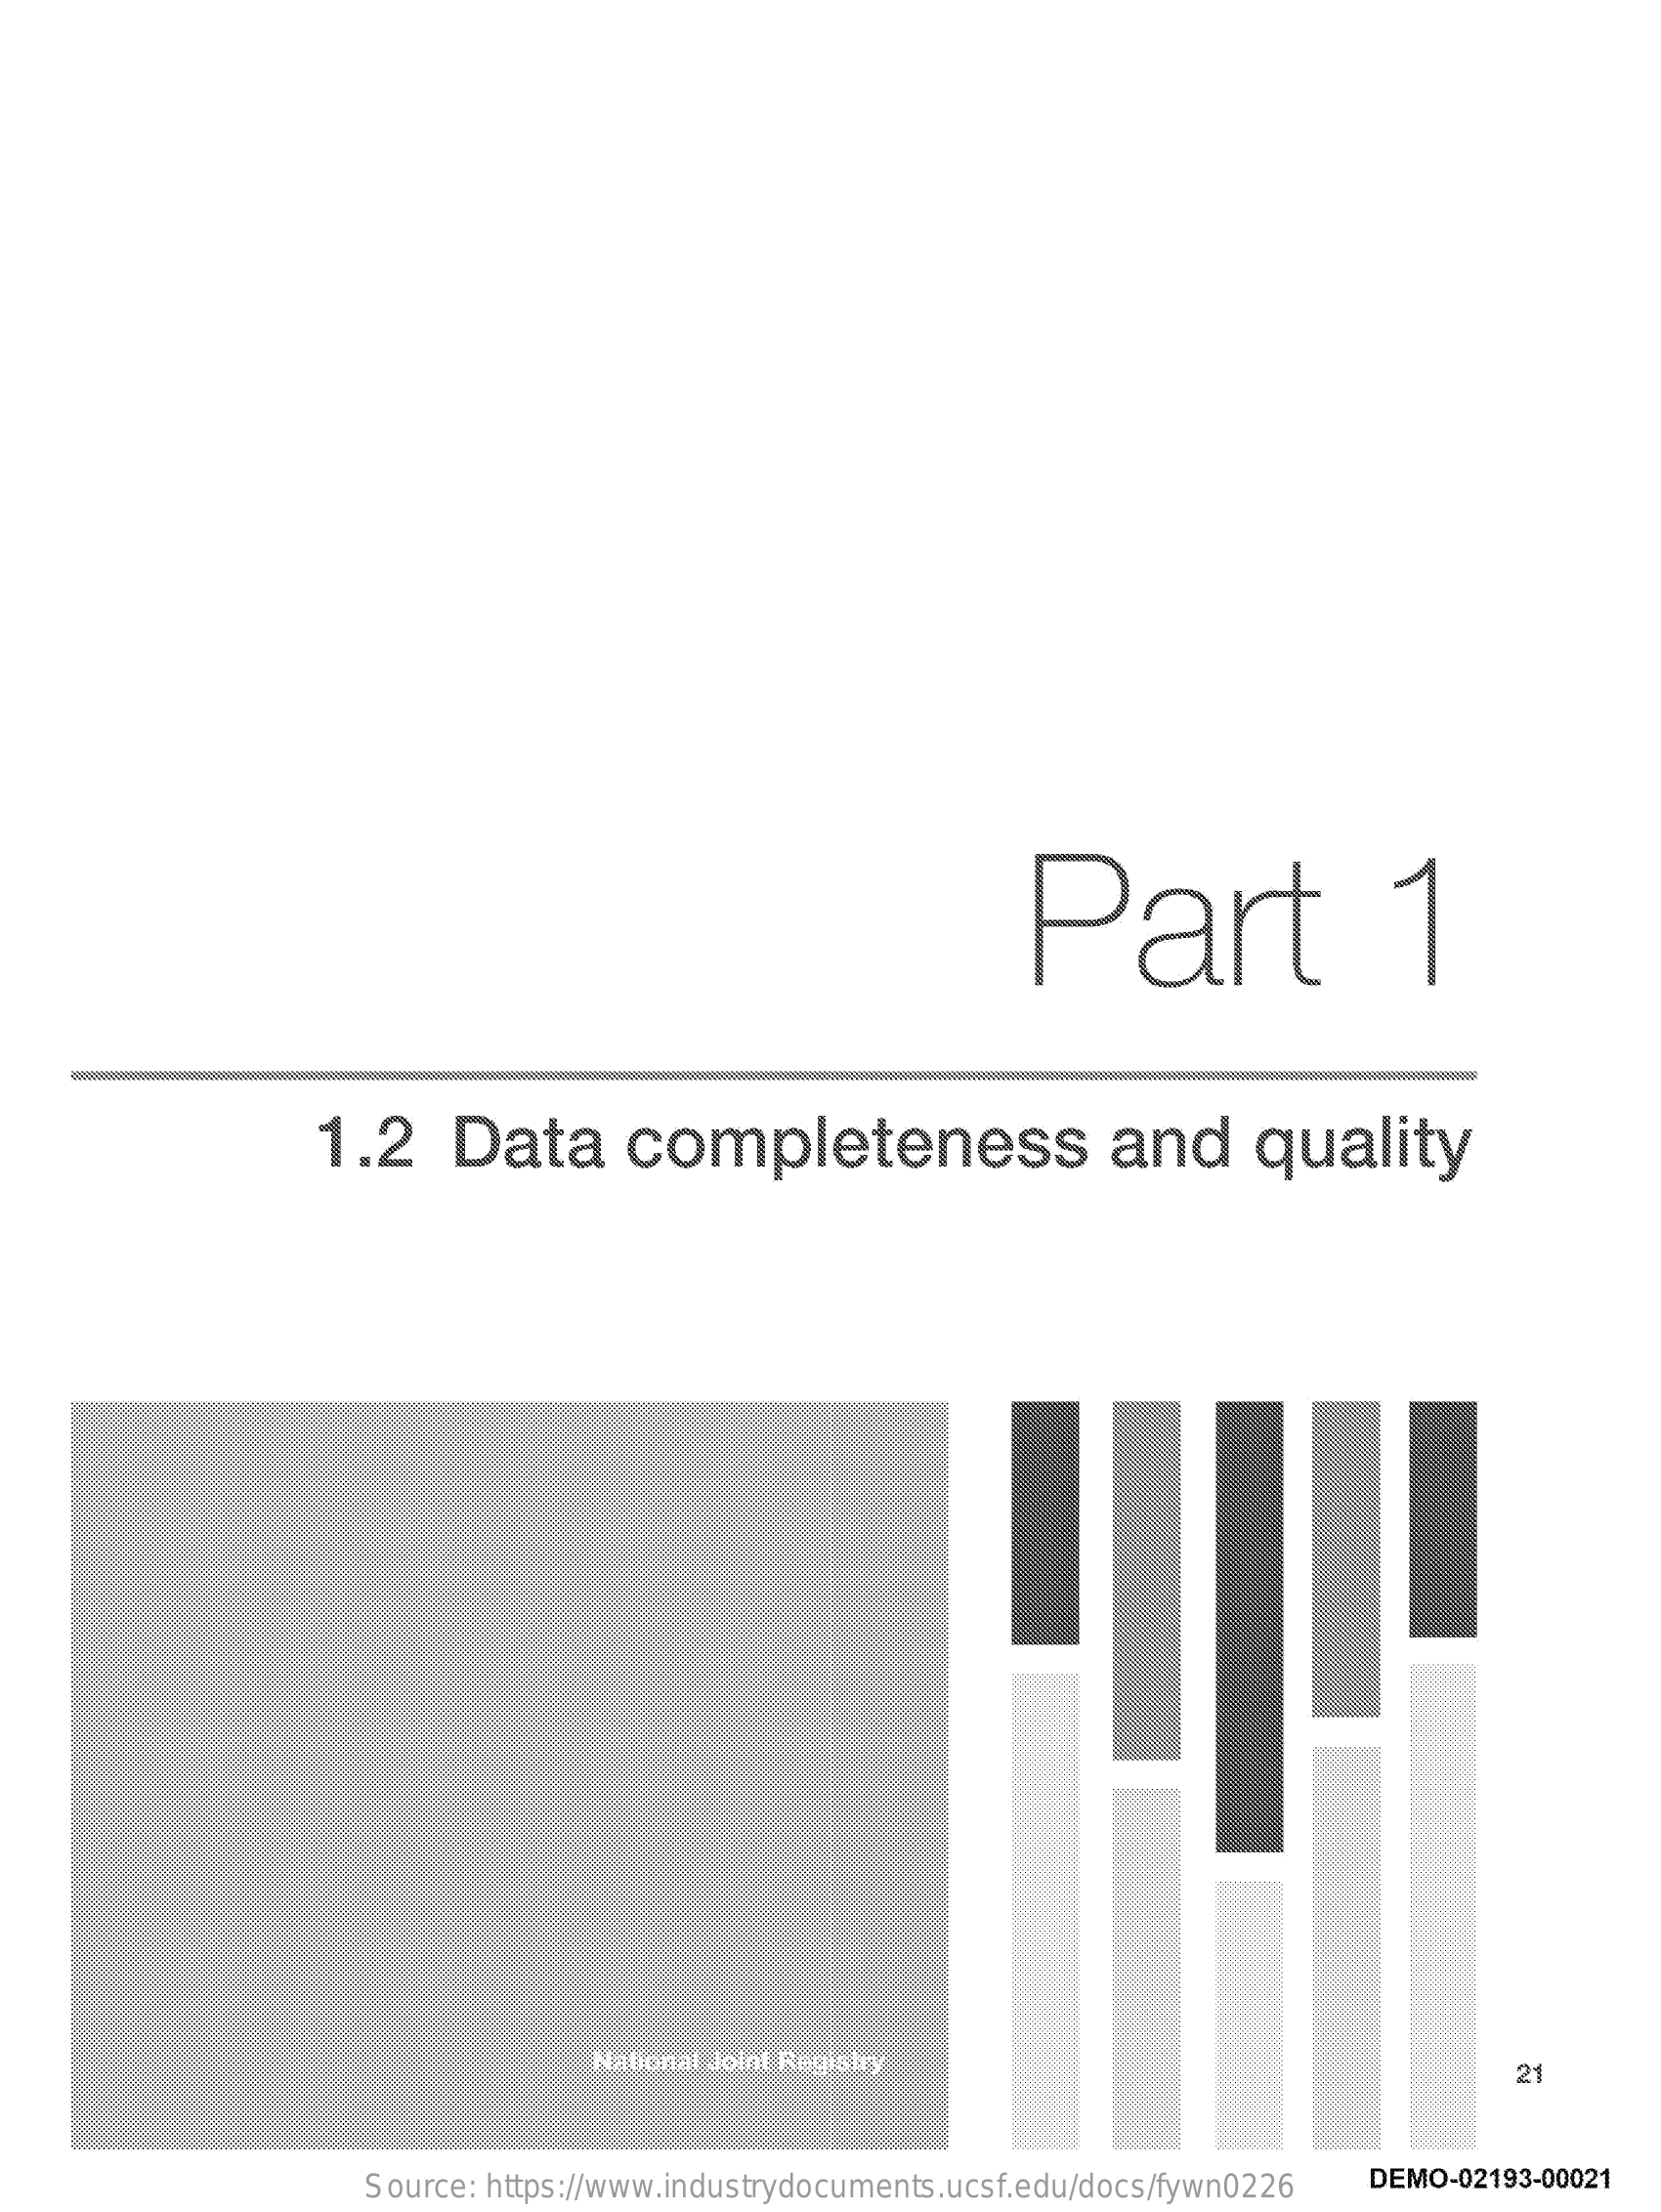
Part    1
     1.2    Data    completeness    and    quality
     National Joint Registry    21
     Source: https://www.industrydocuments.ucsf.edu/docs/fywn0226 DEMO-02193-00021